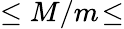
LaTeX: \leq M/m\! \leq